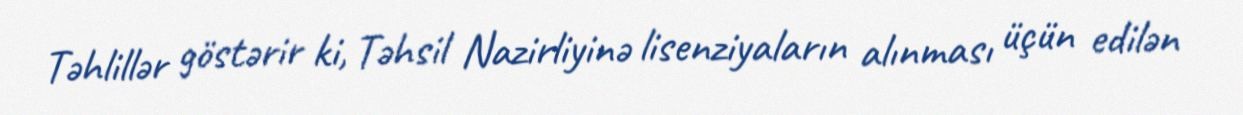
Təhlillər göstərir ki, Təhsil Nazirliyinə lisenziyaların alınması üçün edilən